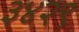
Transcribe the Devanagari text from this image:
३४२९